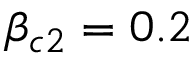
\beta _ { c 2 } = 0 . 2